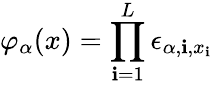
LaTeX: \varphi_{\alpha}(x)=\prod_{\mathbf{i}=1}^{L}\epsilon_{\alpha,\mathbf{i},x_{\mathbf{i}}}